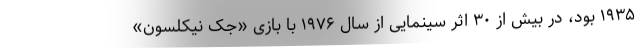
۱۹۳۵ بود، در بیش از ۳۰ اثر سینمایی از سال ۱۹۷۶ با بازی «جک نیکلسون»